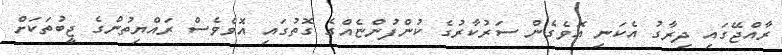
ރާއްޖޭގައި ދިރާގު އެކަނި އޮވެގެން ސަރުކާރުގެ ކުންފުންޏެއްގެ ގޮތުގައި އޮވެވެސް ރައްޔިތުންގެ ޖީބުތަކަށް